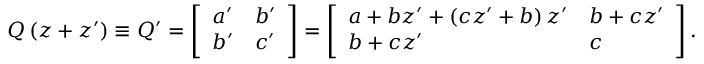
Q \left( z + z ^ { \prime } \right) \equiv Q ^ { \prime } = \left[ \begin{array} { l l } { a ^ { \prime } } & { b ^ { \prime } } \\ { b ^ { \prime } } & { c ^ { \prime } } \end{array} \right] = \left[ \begin{array} { l l } { a + b z ^ { \prime } + \left( c z ^ { \prime } + b \right) z ^ { \prime } } & { b + c z ^ { \prime } } \\ { b + c z ^ { \prime } } & { c } \end{array} \right] .